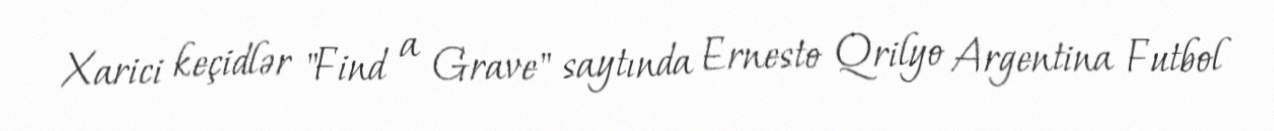
Xarici keçidlər "Find a Grave" saytında Ernesto Qrilyo Argentina Futbol